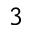
_ 3